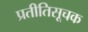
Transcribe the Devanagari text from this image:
प्रतीतिसूचक